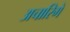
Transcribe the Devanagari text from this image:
अचारिगे